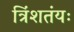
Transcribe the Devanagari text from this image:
त्रिंशतंयः